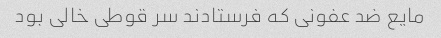
مایع ضد عفونی که فرستادند سر قوطی خالی بود